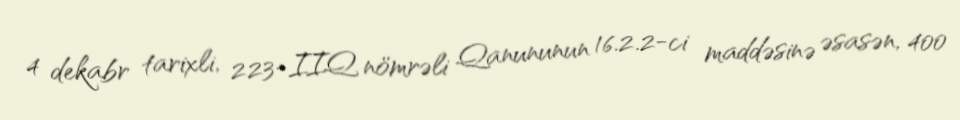
4 dekabr tarixli, 223-IIQ nömrəli Qanununun 16.2.2-ci maddəsinə əsasən, 400